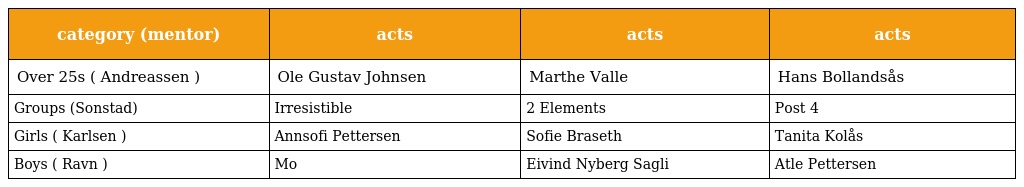
| category (mentor) | acts | acts | acts |
 | --- | --- | --- | --- |
 | Over 25s ( Andreassen ) | Ole Gustav Johnsen | Marthe Valle | Hans Bollandsås |
 | Groups (Sonstad) | Irresistible | 2 Elements | Post 4 |
 | Girls ( Karlsen ) | Annsofi Pettersen | Sofie Braseth | Tanita Kolås |
 | Boys ( Ravn ) | Mo | Eivind Nyberg Sagli | Atle Pettersen |